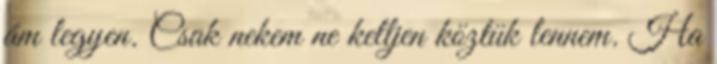
ám legyen. Csak nekem ne kelljen köztük lennem. Ha